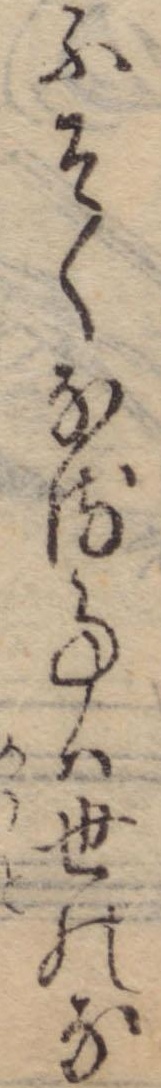
ふそくなる事は世のな